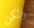
ولكن